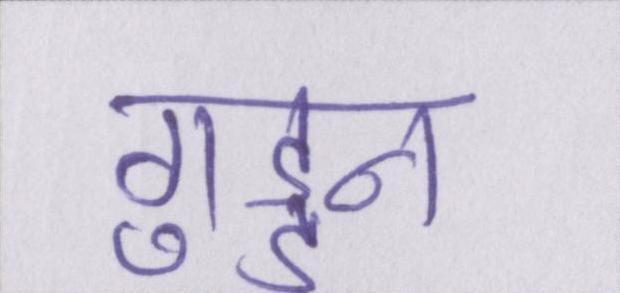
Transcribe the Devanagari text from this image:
गुड्डन